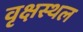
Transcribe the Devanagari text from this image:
वृक्षस्थल